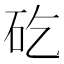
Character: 矻